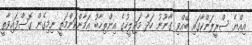
އިއްޔެ ސްރީލަންކާގައި ބޭއްވި ގާނޫނު ހަދާ މަޖިލީހުގެ އިންތިޚާބު އަމާންކަންމަތީ ނިމިގެން ގޮސްފައިވާތީ